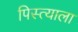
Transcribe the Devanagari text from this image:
पिस्त्याला